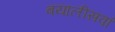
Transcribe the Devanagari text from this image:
बयालीसवां